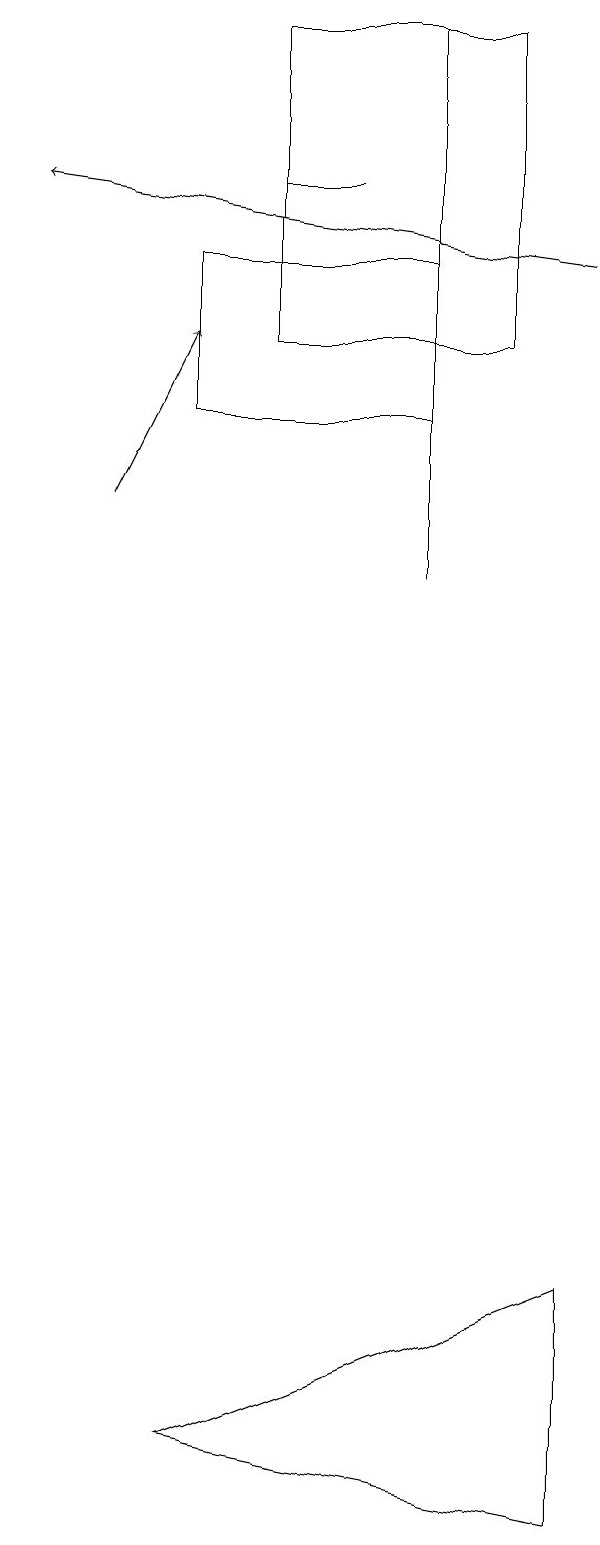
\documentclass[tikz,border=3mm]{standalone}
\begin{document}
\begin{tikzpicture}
\draw (4,16) rectangle (7,14);
\draw (5,17) rectangle (6,17);
\draw (9,0) -- (4,1) -- (9,3) -- cycle;
\draw[->] (9,16) -- (2,17);
\draw[->] (3,13) -- (4,15);
\draw (8,15) rectangle (5,19);
\draw (7,19) rectangle (7,12);
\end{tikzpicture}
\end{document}